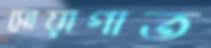
সোয়াগাত